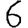
Digit: 6